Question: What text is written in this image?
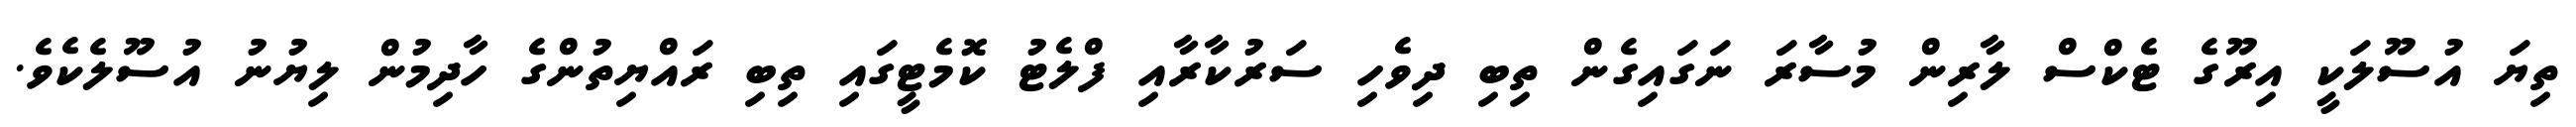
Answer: ތިޔަ އުސޫލަކީ އިރޫގެ ޓެކްސް ލާރިން މުސާރަ ނަގައިގެން ތިބި ދިވެހި ސަރުކާރާއި ފްލެޓު ކޮމެޓީގައި ތިބި ރައްޔިތުންގެ ހާދިމުން ލިޔުނު އުސޫލެކެވެ.